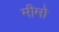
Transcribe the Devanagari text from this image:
मीमो